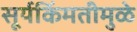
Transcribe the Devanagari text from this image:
सूर्यकिंमतीमुळे